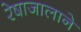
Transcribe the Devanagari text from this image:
रेषाजालाने